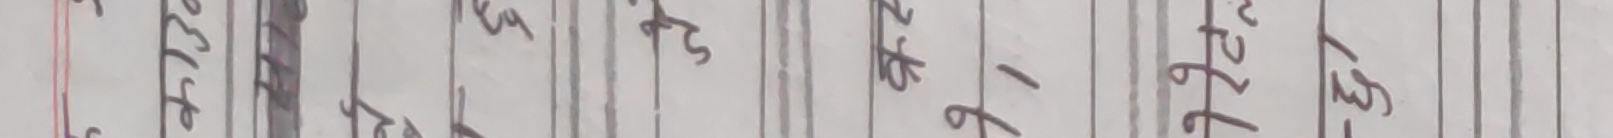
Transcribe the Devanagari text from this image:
सल्लाहे माई रुवा कसरि गई छन् भनि छन् बुद्ध देव ९६ ७६